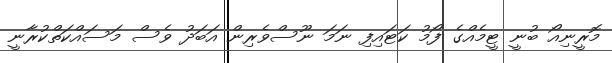
މޮރީނިއޯ ބުނީ ޓީމެއްގެ ފޯމު ކަޓައިފި ނަމަ ނޫސްވެރިން އަބަދު ވެސް މަސައްކަތްކުރާނީ